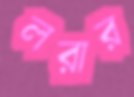
লরার